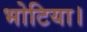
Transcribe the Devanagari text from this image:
भोटिया।